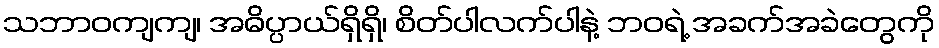
သဘာဝကျကျ၊ အဓိပ္ပာယ်ရှိရှိ၊ စိတ်ပါလက်ပါနဲ့ ဘဝရဲ့ အခက်အခဲတွေကို